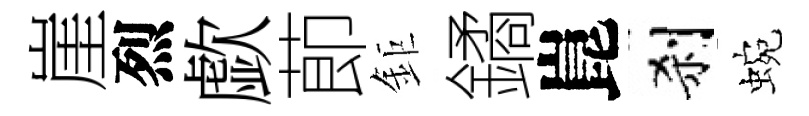
崖烈歔莭鉅鐍崑刹蜿